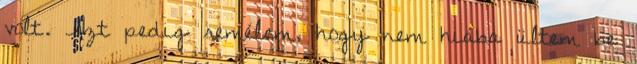
volt. Azt pedig remélem, hogy nem hiába ültem be